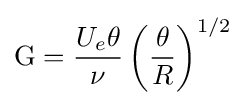
\mathrm {G} ={\frac {U_{e}\theta }{\nu }}\left({\frac {\theta }{R}}\right)^{1/2}